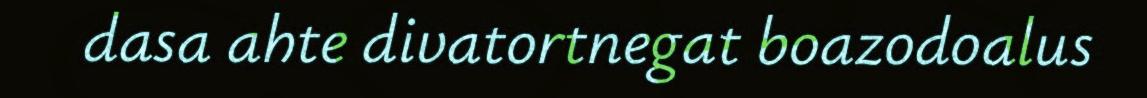
dasa ahte divatortnegat boazodoalus